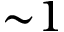
{ \sim } 1